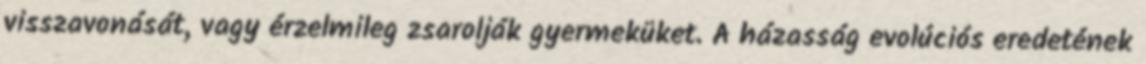
visszavonását, vagy érzelmileg zsarolják gyermeküket. A házasság evolúciós eredetének